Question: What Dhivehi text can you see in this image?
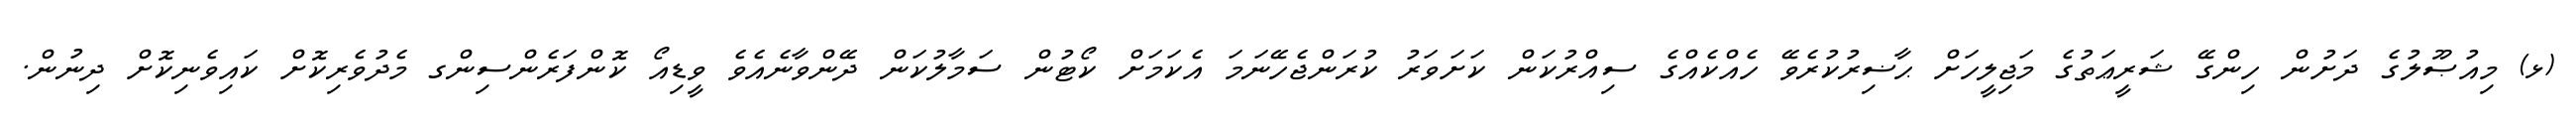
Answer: (ޅ) މިއުޞޫލުގެ ދަށުން ހިންގޭ ޝަރީޢަތުގެ މަޖިލީހަށް ޙާޟިރުކުރެވޭ ހެއްކެއްގެ ސިއްރުކަން ކަށަވަރު ކުރަންޖެހޭނަމަ އެކަމަށް ކޯޓުން ސަމާލުކަން ދޭންވާނެއެވެ ވީޑިއޯ ކޮންފަރެންސިންގ މެދުވެރިކޮށް ކައިވެނިކޮށް ދިނުން.